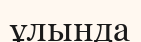
ұлында